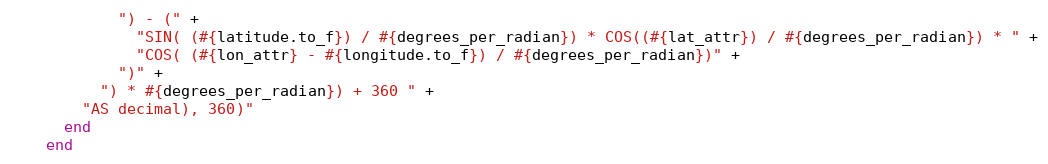
Language: Ruby
            ") - (" +
              "SIN( (#{latitude.to_f}) / #{degrees_per_radian}) * COS((#{lat_attr}) / #{degrees_per_radian}) * " +
              "COS( (#{lon_attr} - #{longitude.to_f}) / #{degrees_per_radian})" +
            ")" +
          ") * #{degrees_per_radian}) + 360 " +
        "AS decimal), 360)"
      end
    end